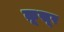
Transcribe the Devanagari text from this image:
क़ूसूर